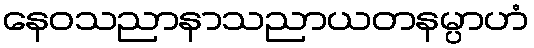
နေဝသညာနာသညာယတနမ္ပာဟံ